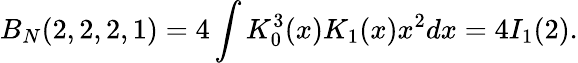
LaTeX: B_{N}(2,2,2,1)=4\int K_{0}^{3}(x)K_{1}(x)x^{2}dx=4I_{1}(2).